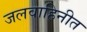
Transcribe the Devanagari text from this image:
जलवाहिनीत